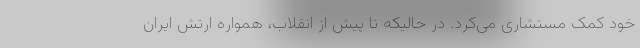
خود کمک مستشاری می‌کرد. در حالیکه تا پیش از انقلاب، همواره ارتش ایران